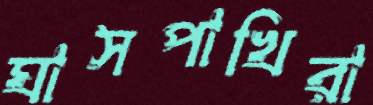
ঘাসপাখিরা